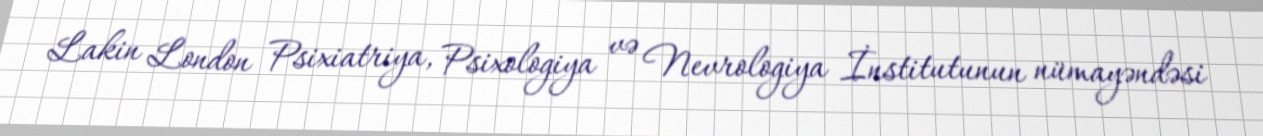
Lakin London Psixiatriya, Psixologiya və Nevrologiya İnstitutunun nümayəndəsi